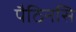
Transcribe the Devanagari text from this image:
पैठिनसि